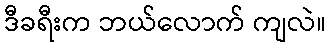
ဒီခရီးက ဘယ်လောက် ကျလဲ။